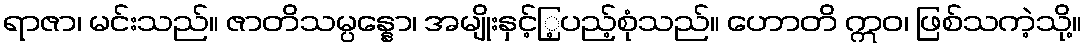
ရာဇာ၊ မင်းသည်။ ဇာတိသမ္ပန္နော၊ အမျိုးနှင့်ြ့ပည့်စုံသည်။ ဟောတိ ဣဝ၊ ဖြစ်သကဲ့သို့။